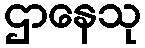
ဌာနေသု